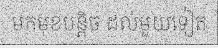
មកមុខបន្តិច ដល់មួយទៀត